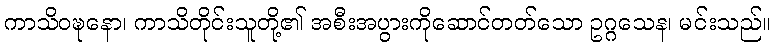
ကာသိဝဍ္ဎနော၊ ကာသိတိုင်းသူတို့၏ အစီးအပွားကိုဆောင်တတ်သော ဥဂ္ဂသေန၊ မင်းသည်။